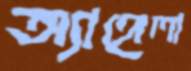
অ্যাঙ্গেলা